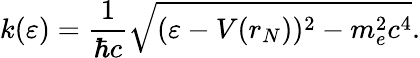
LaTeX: k(\varepsilon)=\frac{1}{\hbar c}\sqrt{(\varepsilon-V(r_{N}))^{2}-m_{e}^{2}c^{4}}.